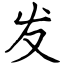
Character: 发